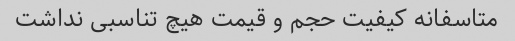
متاسفانه کیفیت حجم و قیمت هیچ تناسبی نداشت